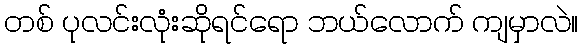
တစ် ပုလင်းလုံးဆိုရင်ရော ဘယ်လောက် ကျမှာလဲ။